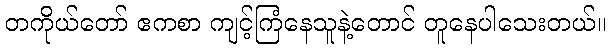
တကိုယ်တော် ဧကစာ ကျင့်ကြံနေသူနဲ့တောင် တူနေပါသေးတယ်။